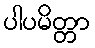
ပါပမိတ္တာ